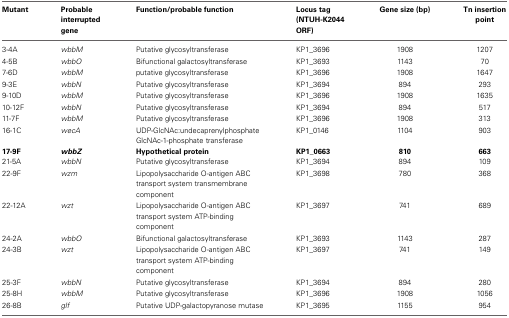
<table><thead><tr><td><b>Mutant</b></td><td><b>Probable interrupted gene</b></td><td><b>Function/probable function</b></td><td><b>Locus tag (NTUH-K2044 ORF)</b></td><td><b>Gene size (bp)</b></td><td><b>Tn insertion point</b></td></tr></thead><tbody><tr><td>3-4A</td><td><i>wbbM</i></td><td>Putative glycosyltransferase</td><td>KP1_3696</td><td>1908</td><td>1207</td></tr><tr><td>4-5B</td><td><i>wbbO</i></td><td>Bifunctional galactosyltransferase</td><td>KP1_3693</td><td>1143</td><td>70</td></tr><tr><td>7-6D</td><td><i>wbbM</i></td><td>putative glycosyltransferase</td><td>KP1_3696</td><td>1908</td><td>1647</td></tr><tr><td>9-3E</td><td><i>wbbN</i></td><td>Putative glycosyltransferase</td><td>KP1_3694</td><td>894</td><td>293</td></tr><tr><td>9-10D</td><td><i>wbbM</i></td><td>Putative glycosyltransferase</td><td>KP1_3696</td><td>1908</td><td>1635</td></tr><tr><td>10-12F</td><td><i>wbbN</i></td><td>Putative glycosyltransferase</td><td>KP1_3694</td><td>894</td><td>517</td></tr><tr><td>11-7F</td><td><i>wbbM</i></td><td>Putative glycosyltransferase</td><td>KP1_3696</td><td>1908</td><td>313</td></tr><tr><td rowspan="2">16-1C</td><td rowspan="2"><i>wecA</i></td><td>UDP-GlcNAc:undecaprenylphosphate</td><td rowspan="2">KP1_0146</td><td rowspan="2">1104</td><td rowspan="2">903</td></tr><tr><td>GlcNAc-1-phosphate transferase</td></tr><tr><td><b>17-9F</b></td><td><b><i>wbbZ</i></b></td><td><b>Hypothetical protein</b></td><td><b>KP1_0663</b></td><td><b>810</b></td><td><b>663</b></td></tr><tr><td>21-5A</td><td><i>wbbN</i></td><td>Putative glycosyltransferase</td><td>KP1_3694</td><td>894</td><td>109</td></tr><tr><td>22-9F</td><td><i>wzm</i></td><td>Lipopolysaccharide O-antigen ABC transport system transmembrane component</td><td>KP1_3698</td><td>780</td><td>368</td></tr><tr><td>22-12A</td><td><i>wzt</i></td><td>Lipopolysaccharide O-antigen ABC transport system ATP-binding component</td><td>KP1_3697</td><td>741</td><td>689</td></tr><tr><td>24-2A</td><td><i>wbbO</i></td><td>Bifunctional galactosyltransferase</td><td>KP1_3693</td><td>1143</td><td>287</td></tr><tr><td>24-3B</td><td><i>wzt</i></td><td>Lipopolysaccharide O-antigen ABC transport system ATP-binding component</td><td>KP1_3697</td><td>741</td><td>149</td></tr><tr><td>25-3F</td><td><i>wbbN</i></td><td>Putative glycosyltransferase</td><td>KP1_3694</td><td>894</td><td>280</td></tr><tr><td>25-8H</td><td><i>wbbM</i></td><td>Putative glycosyltransferase</td><td>KP1_3696</td><td>1908</td><td>1056</td></tr><tr><td>26-8B</td><td><i>glf</i></td><td>Putative UDP-galactopyranose mutase</td><td>KP1_3695</td><td>1155</td><td>954</td></tr></tbody></table>